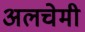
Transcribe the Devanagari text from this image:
अलचेमी